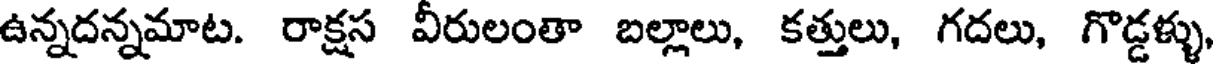
ఉన్నదన్నమాట. రాక్షస వీరులంతా బల్లాలు, కత్తులు, గదలు, గొడ్డళ్ళు,